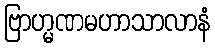
ဗြာဟ္မဏမဟာသာလာနံ